Indian journal of veterinary science and animal husbandry - Volumes 22-23, 1952-1953
Year: 1952
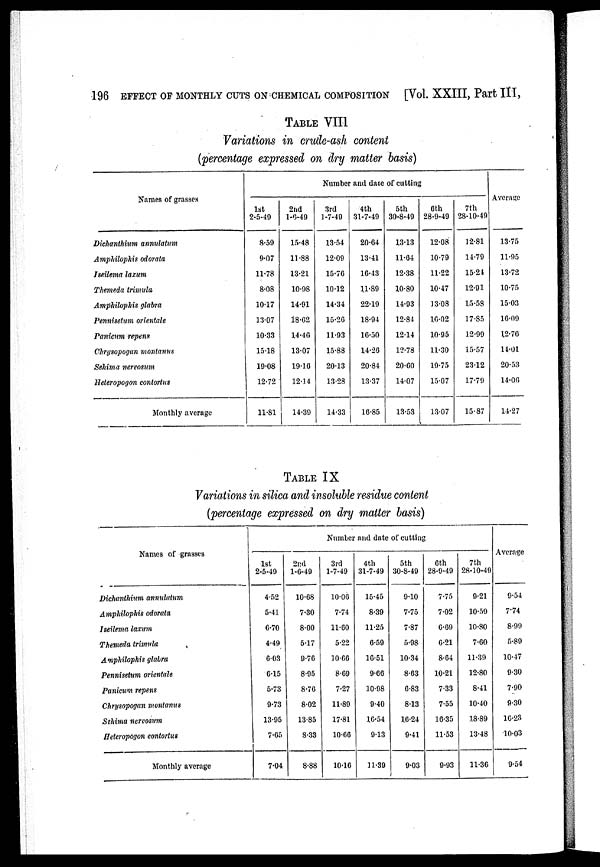
196 EFFECT OF MONTHLY CUTS ON CHEMICAL COMPOSITION [Vol. XXIII, Part III,
TABLE VIII
Variations in crude-ash content
(percentage expressed on dry matter basis)
Names of grasses
Dichanthium annulatum
Amphilophis odorata
Iseilema laxum
Themeda trimula
Amphilophis glabra
Pennisetum orientale
Panicum repens
Chrysopogan montanus
Sehima nervosum
Heteropogon contortus
Monthly average
Number and date of cutting
1st
2-5-49
8.59
9.07
11.78
8.08
10.17
13.07
10.33
15.18
19.08
12.72
11.81
2nd
1-6-49
15.48
11.88
13.21
10.98
14.91
18.62
14.46
13.07
19.16
12.14
14.39
3rd
1-7-49
13.54
12.09
15.76
10.12
14.34
15.26
11.93
15.88
20.13
13.28
14.33
4th
31-7-49
20.64
13.41
16.43
11.89
22.19
18.94
16.50
14.26
20.84
13.37
16.85
5th
30-8-49
13.13
11.64
12.38
10.80
14.93
12.84
12.14
12.78
20.60
14.07
13.53
6th
28-9-49
12.08
10.79
11.22
10.47
13.08
16.02
10.95
11.30
19.75
15.07
13.07
7th
28-10-49
12.81
14.79
15.24
12.91
15.58
17.85
12.99
15.57
23.12
17.79
15.87
Average
13.75
11.95
13.72
10.75
15.03
16.09
12.76
14.01
20.53
14.06
14.27
TABLE IX
Variations in silica and insoluble residue content
(percentage expressed on dry matter basis)
Names of grasses
Dichanthium annulatum
Amphilophis odorata
Iseilema laxum
Themeda trimula
Amphilophis glabra
Pennisetum orientale
Panicum repens
Chrysopogan montanus
Sehima nervosum
Heteropogon contortus
Monthly average
Number and date of cutting
1st
2-5-49
4.52
5.41
6.70
4.49
6.03
6.15
5.73
9.73
13.95
7.65
7.04
2nd
1-6-49
10.68
7.30
8.00
5.17
9.76
8.95
8.76
8.02
13.85
8.33
8.88
3rd
1-7-49
10.06
7.74
11.60
5.22
10.66
8.69
7.27
11.89
17.81
10.66
10.16
4th
31-7-49
15.45
8.39
11.25
6.59
16.51
9.66
10.98
9.40
16.54
9.13
11.39
5th
30-8-49
9.10
7.75
7.87
5.98
10.34
8.63
6.83
8.13
16.24
9.41
9.03
6th
28-9-49
7.75
7.02
6.69
6.21
8.64
10.21
7.33
7.55
16.35
11.53
9.93
7th
28-10-49
9.21
10.59
10.80
7.60
11.39
12.80
8.41
10.40
18.89
13.48
11.36
Average
9.54
7.74
8.99
5.89
10.47
9.30
7.90
9.30
16.23
10.03
9.54